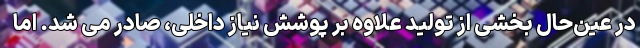
در عین‌حال بخشی از تولید علاوه بر پوشش نیاز داخلی، صادر می شد. اما